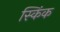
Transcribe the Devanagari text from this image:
स्किंक